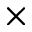
\times